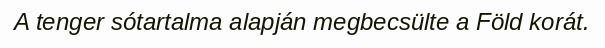
A tenger sótartalma alapján megbecsülte a Föld korát.